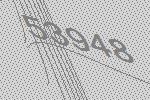
53948